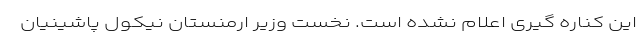
این کناره گیری اعلام نشده است. نخست وزیر ارمنستان نیکول پاشینیان